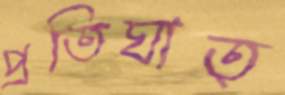
প্রতিঘাত্